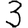
Digit: 3